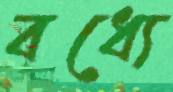
বধ্যে